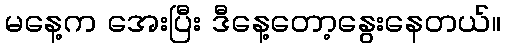
မနေ့က အေးပြီး ဒီနေ့တော့နွေးနေတယ်။